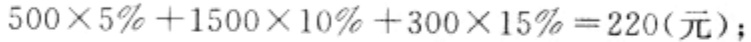
$500\times 5\% + 1500\times 10\% + 300\times 15\% = 220(元);$